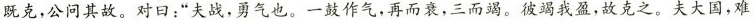
既克，公问其故。对曰：”夫战，勇气也。一鼓作气，再而衰，三而竭。彼竭我盈，故克之。夫大国，难